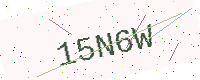
Text: 15N6W